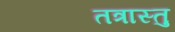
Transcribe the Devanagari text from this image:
तत्रास्तु